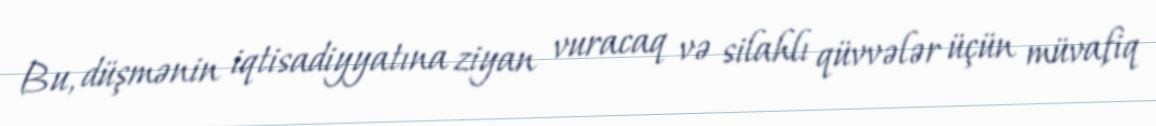
Bu, düşmənin iqtisadiyyatına ziyan vuracaq və silahlı qüvvələr üçün müvafiq